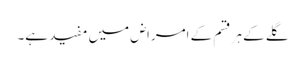
گلے کے ہر قسم کے امراض میں مفید ہے۔